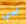
تحبى